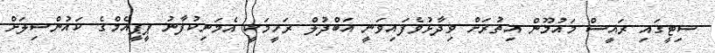
ސިޓީގައި ރައީސް މައުމޫން އިތުރަށް ވިދާޅުވެފައިވަނީ އަބްދުލް ރަހީމަކީ އެމަނިކުފާނު ޕީޕީއެމްގެ ކައުންސިލަށް